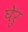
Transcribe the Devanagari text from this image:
घेरु